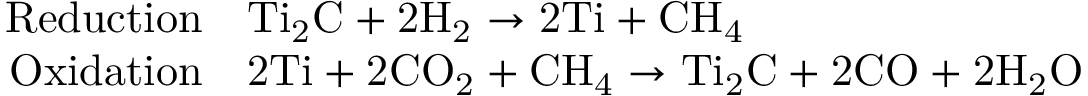
\begin{array} { r l } { \centering \mathrm { R e d u c t i o n } } & { \mathrm { T i _ { 2 } C } + \mathrm { 2 H _ { 2 } } \rightarrow \mathrm { 2 T i } + \mathrm { C H _ { 4 } } } \\ { \mathrm { O x i d a t i o n } } & { \mathrm { 2 T i } + \mathrm { 2 C O _ { 2 } } + \mathrm { C H _ { 4 } } \rightarrow \mathrm { T i _ { 2 } C } + \mathrm { 2 C O } + \mathrm { 2 H _ { 2 } O } } \end{array}